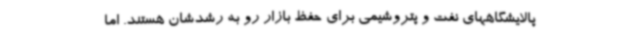
پالایشگاههای نفت و پتروشیمی برای حفظ بازار رو به رشدشان هستند. اما